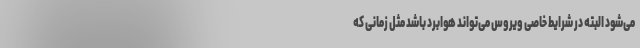
می‌شود البته در شرایط خاصی ویروس می‌تواند هوابرد باشد مثل زمانی که